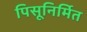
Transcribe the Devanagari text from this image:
पिसूनिर्मित